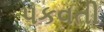
પકવતી